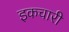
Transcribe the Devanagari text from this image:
इकचारी